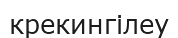
крекингілеу